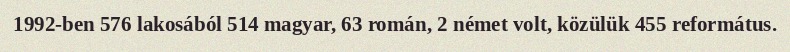
1992-ben 576 lakosából 514 magyar, 63 román, 2 német volt, közülük 455 református.